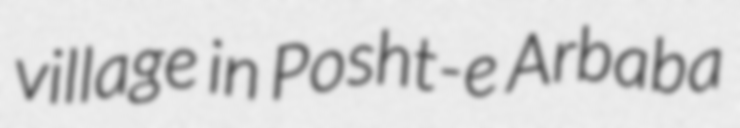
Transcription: village in Posht-e Arbaba